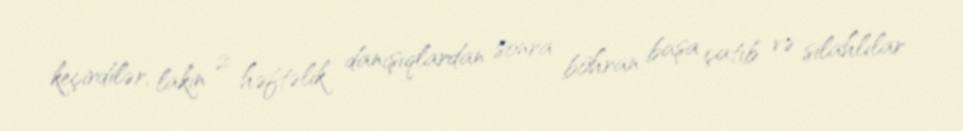
keçirdilər, lakin 2 həftəlik danışıqlardan sonra böhran başa çatıb və silahlılar